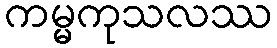
ကမ္မကုသလဿ